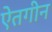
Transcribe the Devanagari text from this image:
ऐतगीन